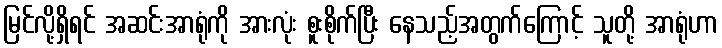
မြင်လို့ရှိရင် အဆင်းအာရုံကို အားလုံး စူးစိုက်ပြီး နေသည့်အတွက်ကြောင့် သူတို့ အာရုံဟာ